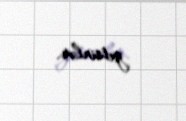
getsinlər.